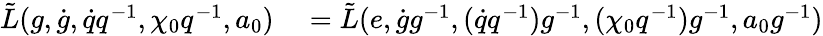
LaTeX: \begin{array}{rl}{\tilde{L}(g,\dot{g},\dot{q}q^{-1},\chi_{0}q^{-1},a_{0})}&{{}=\tilde{L}(e,\dot{g}g^{-1},(\dot{q}q^{-1})g^{-1},(\chi_{0}q^{-1})g^{-1},a_{0}g^{-1})}\end{array}